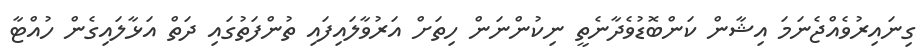
ގިނައިރުވެއްޖެނަމަ އިޝާން ކަންބޮޑުވެދާނެތީ ނިކުންނަން ހިތަށް އަރުވާލައިފައި ތުންފަތުގައި ދަތް އަޅާލައިގެން ހުއްޓާ